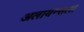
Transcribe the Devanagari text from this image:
अलायन्सला